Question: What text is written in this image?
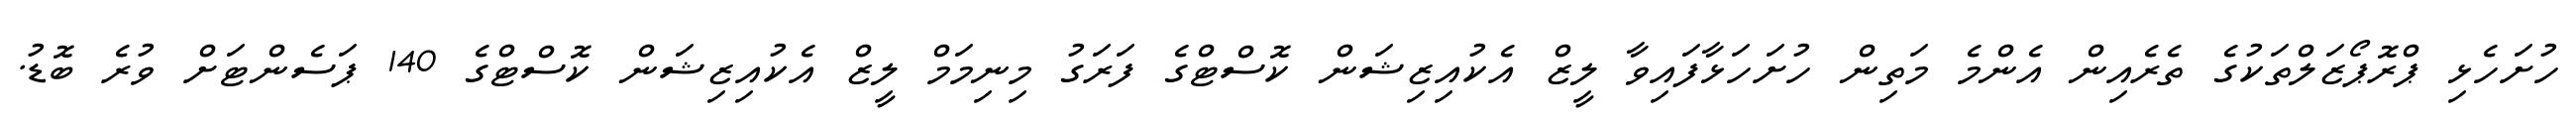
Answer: ހުށަހެޅި ޕްރޮޕޯޒަލްތަކުގެ ތެރެއިން އެންމެ މަތިން ހުށަހަޅާފައިވާ ލީޒް އެކުއިޒިޝަން ކޮސްޓްގެ ފަރަގު މިނިމަމް ލީޒް އެކުއިޒިޝަން ކޮސްޓްގެ 140 ޕަސެންޓަށް ވުރެ ބޮޑު.